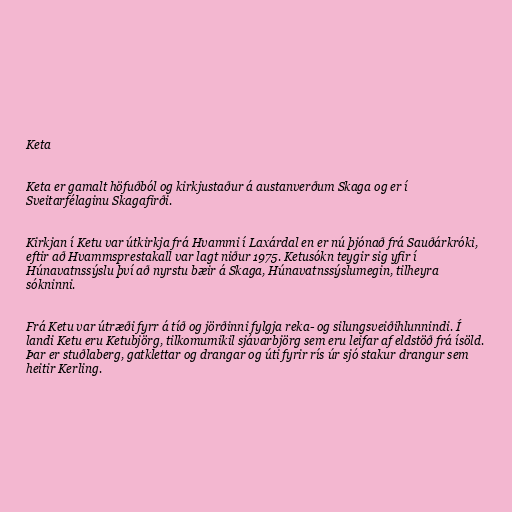
Keta

Keta er gamalt höfuðból og kirkjustaður á austanverðum Skaga og er í
Sveitarfélaginu Skagafirði.

Kirkjan í Ketu var útkirkja frá Hvammi í Laxárdal en er nú þjónað frá Sauðárkróki,
eftir að Hvammsprestakall var lagt niður 1975. Ketusókn teygir sig yfir í
Húnavatnssýslu því að nyrstu bæir á Skaga, Húnavatnssýslumegin, tilheyra
sókninni.

Frá Ketu var útræði fyrr á tíð og jörðinni fylgja reka- og silungsveiðihlunnindi. Í
landi Ketu eru Ketubjörg, tilkomumikil sjávarbjörg sem eru leifar af eldstöð frá ísöld.
Þar er stuðlaberg, gatklettar og drangar og úti fyrir rís úr sjó stakur drangur sem
heitir Kerling.